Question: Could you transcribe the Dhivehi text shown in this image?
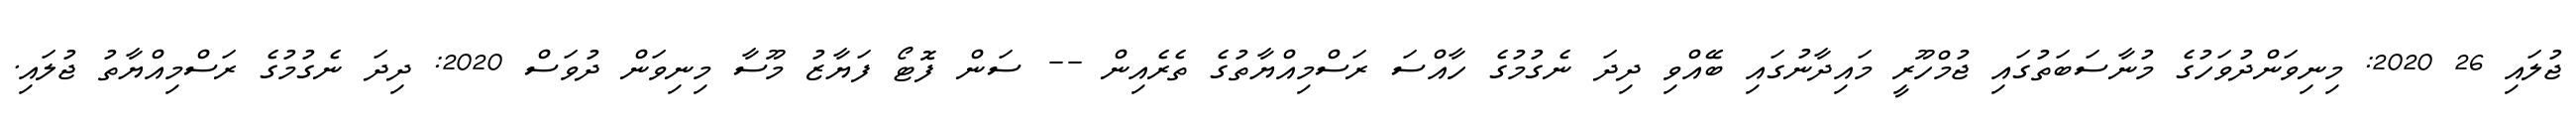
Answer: ޖުލައި 26 2020: މިނިވަންދުވަހުގެ މުނާސަބަތުގައި ޖުމްހޫރީ މައިދާނުގައި ބޭއްވި ދިދަ ނެގުމުގެ ހާއްސަ ރަސްމިއްޔާތުގެ ތެރެއިން -- ސަން ފޮޓޯ ފަޔާޒު މޫސާ މިނިވަން ދުވަސް 2020: ދިދަ ނެގުމުގެ ރަސްމިއްޔާތު ޖުލައި.